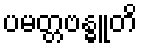
ပမတ္တဗန္ဓူတိ